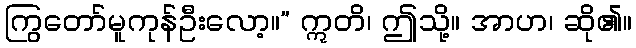
ကြွတော်မူကုန်ဦးလော့။” ဣတိ၊ ဤသို့။ အာဟ၊ ဆို၏။